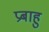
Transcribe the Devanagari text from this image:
प्रबाहु